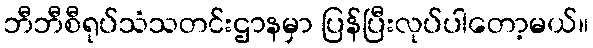
ဘီဘီစီရုပ်သံသတင်းဌာနမှာ ပြန်ပြီးလုပ်ပါတော့မယ်။